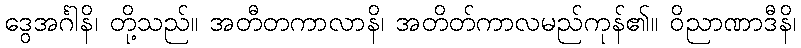
ဒွေအင်္ဂါနိ၊ တို့သည်။ အတီတကာလာနိ၊ အတိတ်ကာလမည်ကုန်၏။ ဝိညာဏာဒီနိ၊